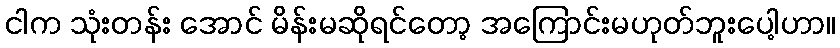
ငါက သုံးတန်း အောင် မိန်းမဆိုရင်တော့ အကြောင်းမဟုတ်ဘူးပေါ့ဟာ။